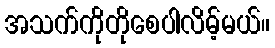
အသက်ကိုတိုစေပါလိမ့်မယ်။